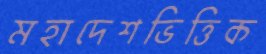
মহাদেশভিত্তিক